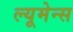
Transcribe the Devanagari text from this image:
ल्यूमेन्स